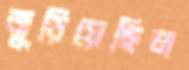
জুড়িয়েছিল